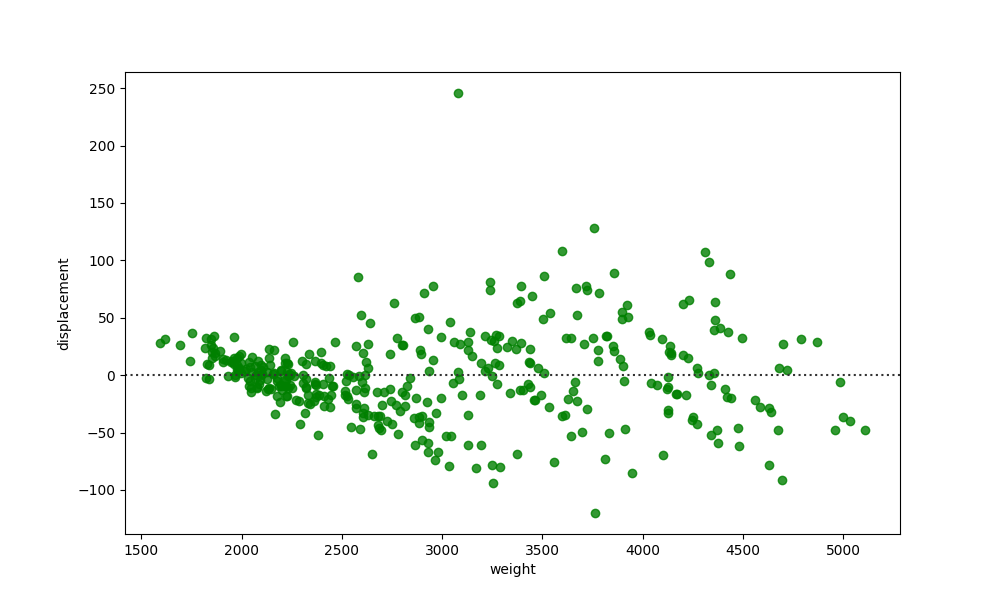
python, seaborn, residplot, lowess=False, scatter_color=green